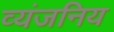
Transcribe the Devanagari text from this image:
व्यंजनिय